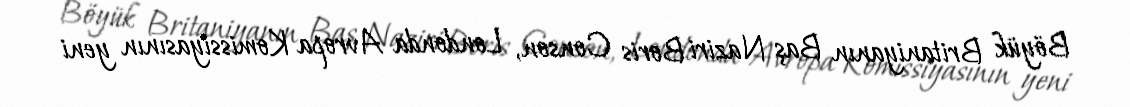
Böyük Britaniyanın Baş Naziri Boris Conson, Londonda Avropa Komissiyasının yeni